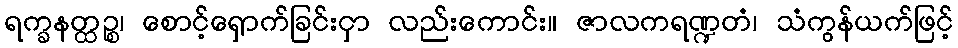
ရက္ခနတ္ထဉ္စ၊ စောင့်ရှောက်ခြင်းငှာ လည်းကောင်း။ ဇာလကရဏ္ဍတံ၊ သံကွန်ယက်ဖြင့်